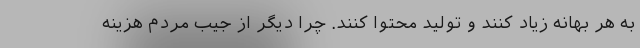
به هر بهانه زیاد کنند و تولید محتوا کنند. چرا دیگر از جیب مردم هزینه